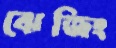
ঝেজিং